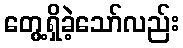
တွေ့ရှိခဲ့သော်လည်း